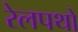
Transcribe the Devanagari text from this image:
रेलपथों